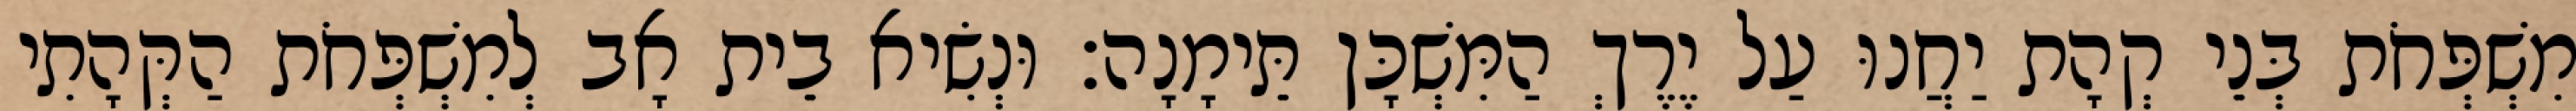
מִשְׁפְּחֹת בְּנֵי קְהָת יַחֲנוּ עַל יֶרֶךְ הַמִּשְׁכָּן תֵּימָנָה׃ וּנְשִׂיא בֵית אָב לְמִשְׁפְּחֹת הַקְּהָתִי